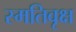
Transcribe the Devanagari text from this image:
स्मतिवृक्ष